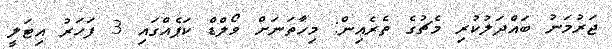
ޖަރުމަނު ބައްދަލުކުރި މެޗުގެ ތެރެއިން: މިހާތަނަށް ވޯލްޑް ކަޕެއްގައި 3 ފަހަރު އިޓަލީ